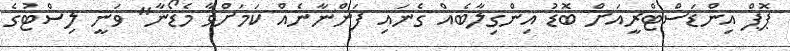
ޕޮޕް އިންޑަސްޓްރީއަށް ބޮޑު އިންގިލާބެއް ގެނައި ފަންނާނެއް ކަމަށްވާ މެޑޯނާ" ވަނީ ލިސްޓުގެ